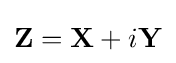
\mathbf {Z} =\mathbf {X} +i\mathbf {Y}